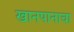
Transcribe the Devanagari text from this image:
खानपानाचा